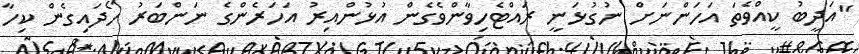
"އަދީބު ކީއްވެތަ އަހަންނަށް ނުގުޅަނީ ރައްޓެހިވާންވެގެން އުޅުންއިރު އަހަރެންގެ ނަންބަރު ހޯދައިގެން ކިހާ